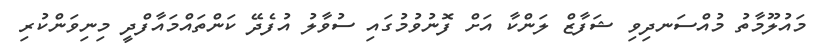
މައުލޫމާތު މުއްސަނދިވި ޝަފާޒް ލަންކާ އަށް ފޮނުވުމުގައި ސުވާލު އުފެދޭ ކަންތައްމައާފްދީ މިނިވަންކުރި